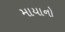
માયાનો